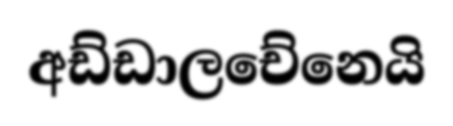
අඩ්ඩාලචේනෙයි